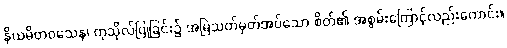
နိယမိတဝသေန၊ ကုသိုလ်ပြုခြင်း၌ အမြဲသတ်မှတ်အပ်သော စိတ်၏ အစွမ်းကြောင့်လည်းကောင်း။